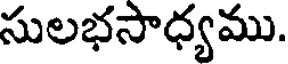
సులభసాధ్యము.